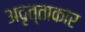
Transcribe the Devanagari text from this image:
अवृत्ताकार